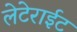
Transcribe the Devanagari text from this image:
लेटेराईट